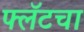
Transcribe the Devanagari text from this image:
फ्लॅटचा